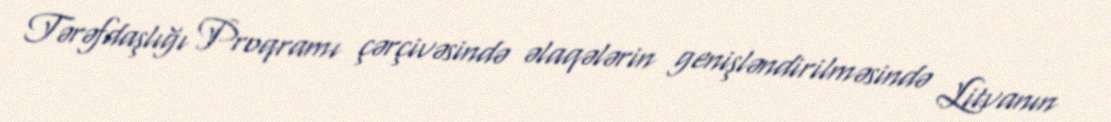
Tərəfdaşlığı Proqramı çərçivəsində əlaqələrin genişləndirilməsində Litvanın